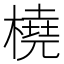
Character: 橈